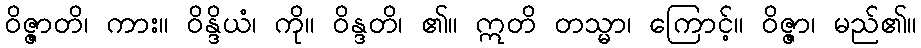
ဝိဇ္ဇာတိ၊ ကား။ ဝိန္ဒိယံ၊ ကို။ ဝိန္ဒတိ၊ ၏။ ဣတိ တသ္မာ၊ ကြောင့်။ ဝိဇ္ဇာ၊ မည်၏။